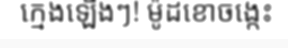
ក្មេងឡើងៗ! ម៉ូដខោចង្កេះ